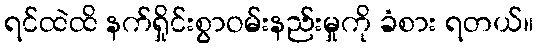
ရင်ထဲထိ နက်ရှိုင်းစွာဝမ်းနည်းမှုကို ခံစား ရတယ်။